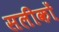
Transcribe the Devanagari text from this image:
सलीकों